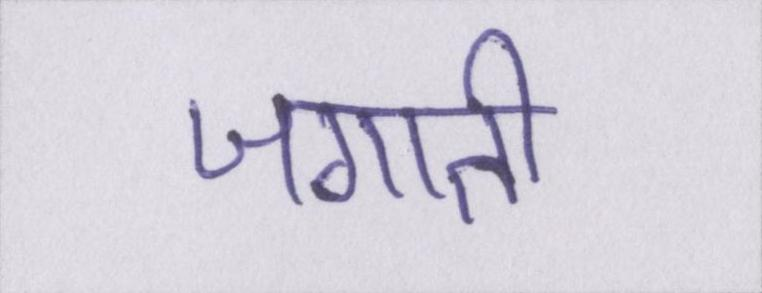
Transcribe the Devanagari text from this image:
जगाती